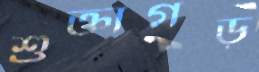
শুক্তাগড়